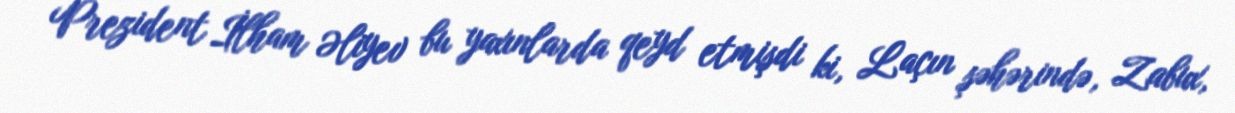
Prezident İlham Əliyev bu yaxınlarda qeyd etmişdi ki, Laçın şəhərində, Zabux,